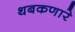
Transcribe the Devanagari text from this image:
थबकणारे